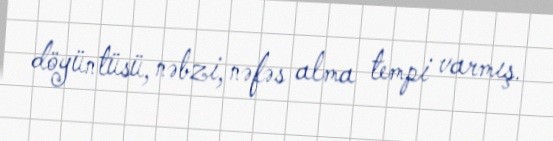
döyüntüsü, nəbzi, nəfəs alma tempi varmış.